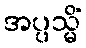
အပ္ပသ္မိံ